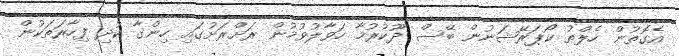
އެގޮތުން ހެލްތު ކޯޕަރޭޝަނުން ބޭސް ދޫކުރުމާ ހަވާލުވުމުން ރަށްރަށުގައި ހިންގާ ކުދި ފިހާރަތަކުން